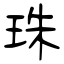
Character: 珠